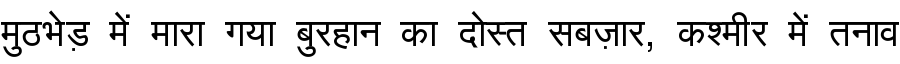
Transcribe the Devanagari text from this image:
मुठभेड़ में मारा गया बुरहान का दोस्त सबज़ार, कश्मीर में तनाव